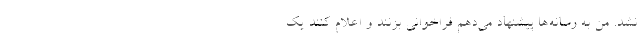
نشد. من به رسانه‌ها پیشنهاد می‌دهم فراخوانی بزنند و اعلام کنند یک